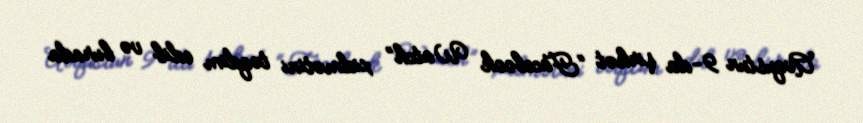
Avqustun 9-da şirkət “Facebook Watch” xidmətini təqdim edib və burada